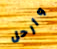
وأرحل